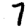
Digit: 7